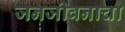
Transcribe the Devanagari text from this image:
जनजीवनाचा